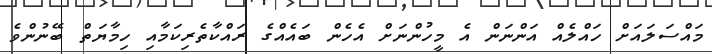
މައްސަލައަށް ހައްލެއް އަންނަން އެ މީހުންނަށް އެހެން ބައެއްގެ ރައްކާތެރިކަމާއި ހިމާޔަތް ބޭނުންވެ